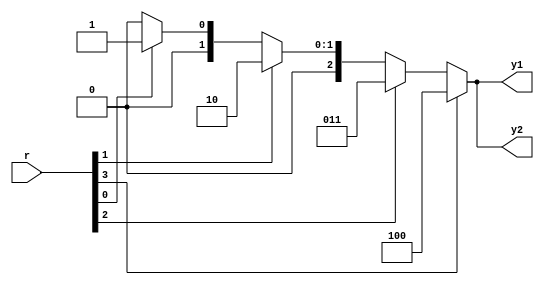
module prio_encoder_if
   (
    input wire [4:1] r,
    output wire [2:0] y1, 
    output reg [2:0] y2
   );

   // Conditional operator
   assign y1 = (r[4]) ? 3'b100 :  // can also use (r[4]==1'b1)
               (r[3]) ? 3'b011 :
               (r[2]) ? 3'b010 :
               (r[1]) ? 3'b001 :
               3'b000;

   // If statement
   //    - each branch can contain multiple statements
   //      with begin ... end delimiters
   always @*
      if (r[4])
         y2 = 3'b100;
      else if (r[3])
         y2 = 3'b011;
      else if (r[2])
         y2 = 3'b010;
      else if (r[1])
         y2 = 3'b001;
      else
         y2 = 3'b000;

endmodule